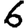
Digit: 6